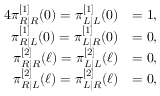
\begin{array} { r l } { { 4 } \pi _ { R | R } ^ { [ 1 ] } ( 0 ) = \pi _ { L | L } ^ { [ 1 ] } ( 0 ) } & { = 1 , } \\ { \pi _ { R | L } ^ { [ 1 ] } ( 0 ) = \pi _ { L | R } ^ { [ 1 ] } ( 0 ) } & { = 0 , } \\ { \pi _ { R | R } ^ { [ 2 ] } ( \ell ) = \pi _ { L | L } ^ { [ 2 ] } ( \ell ) } & { = 0 , } \\ { \pi _ { R | L } ^ { [ 2 ] } ( \ell ) = \pi _ { L | R } ^ { [ 2 ] } ( \ell ) } & { = 0 , } \end{array}